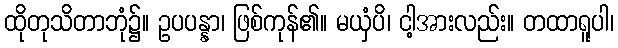
ထိုတုသိတာဘုံ၌။ ဥပပန္နာ၊ ဖြစ်ကုန်၏။ မယှံပိ၊ ငါ့အားလည်း။ တထာရူပါ၊